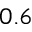
0 . 6